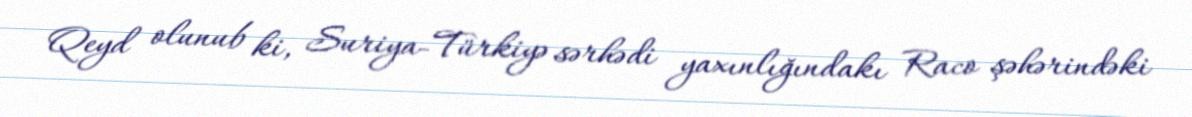
Qeyd olunub ki, Suriya-Türkiyə sərhədi yaxınlığındakı Raco şəhərindəki